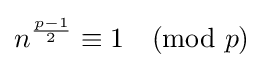
n^{\frac {p-1}{2}}\equiv 1{\pmod {p}}